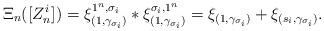
LaTeX: \begin{align*}\Xi_n([Z_n^i]) = \xi^{1^n,\sigma_i}_{(1,\gamma_{\sigma_i})}*\xi^{\sigma_i,1^n}_{(1,\gamma_{\sigma_i})} = \xi_{(1,\gamma_{\sigma_i})} + \xi_{(s_i,\gamma_{\sigma_i})}.\end{align*}